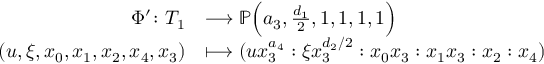
\begin{array} { r l } { \Phi ^ { \prime } \colon T _ { 1 } } & { \longrightarrow \mathbb { P } \Big ( a _ { 3 } , \frac { d _ { 1 } } { 2 } , 1 , 1 , 1 , 1 \Big ) } \\ { ( u , \xi , x _ { 0 } , x _ { 1 } , x _ { 2 } , x _ { 4 } , x _ { 3 } ) } & { \longmapsto ( u x _ { 3 } ^ { a _ { 4 } } : \xi x _ { 3 } ^ { d _ { 2 } / 2 } : x _ { 0 } x _ { 3 } : x _ { 1 } x _ { 3 } : x _ { 2 } : x _ { 4 } ) } \end{array}